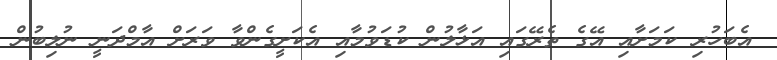
އެބަހުރި ކަމަށާއި އޭގެ ތެރޭގައި އަޅާލުން ކުޑަވުމާއި އެކަށީގެންވާ ވަރަށް އާމްދަނީ ނުލިބުން